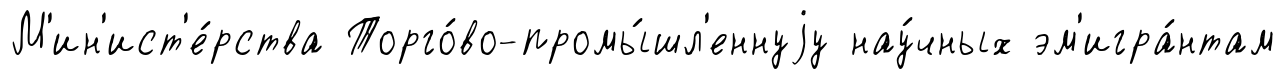
М'ин'ист'е́рства Торго́во-промы́шл'еннуjу нау́чных эм'игра́нтам